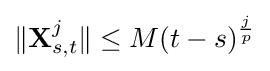
\Vert \mathbf {X} _{s,t}^{j}\Vert \leq M(t-s)^{\frac {j}{p}}